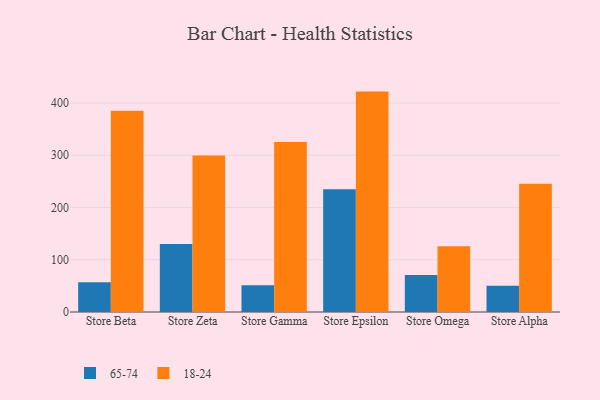
{"axis": {"x": "Store", "y": "Headcount"}, "legend": ["18-24", "65-74"], "data": [{"x": "Store Beta", "y": 56.8, "type": "65-74"}, {"x": "Store Beta", "y": 385.1, "type": "18-24"}, {"x": "Store Zeta", "y": 130.1, "type": "65-74"}, {"x": "Store Zeta", "y": 299.5, "type": "18-24"}, {"x": "Store Gamma", "y": 51.2, "type": "65-74"}, {"x": "Store Gamma", "y": 325.2, "type": "18-24"}, {"x": "Store Epsilon", "y": 234.8, "type": "65-74"}, {"x": "Store Epsilon", "y": 421.8, "type": "18-24"}, {"x": "Store Omega", "y": 70.7, "type": "65-74"}, {"x": "Store Omega", "y": 125.6, "type": "18-24"}, {"x": "Store Alpha", "y": 50.0, "type": "65-74"}, {"x": "Store Alpha", "y": 245.4, "type": "18-24"}]}